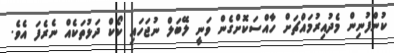
ކުންފުނިން މެދުއިރުމައްޗަށް ހާއްސަކޮށްގެން ވަނީ ލޭބަލް ނުޖަހައި ކޯކް ދަޅުތަކެއް ނެރެފަ އެވެ.